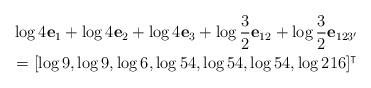
LaTeX: \begin{align*}&\log 4 \mathbf{e}_1+\log 4\mathbf{e}_2+\log 4\mathbf{e}_3+\log \frac{3}{2} \mathbf{e}_{12}+\log \frac{3}{2} \mathbf{e}_{123'}\\&=[\log 9,\log 9,\log 6,\log 54,\log 54,\log 54,\log 216]^\intercal\end{align*}